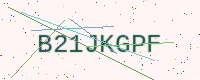
Text: B21JKGPF